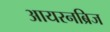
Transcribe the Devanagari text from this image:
आयरनब्रिज